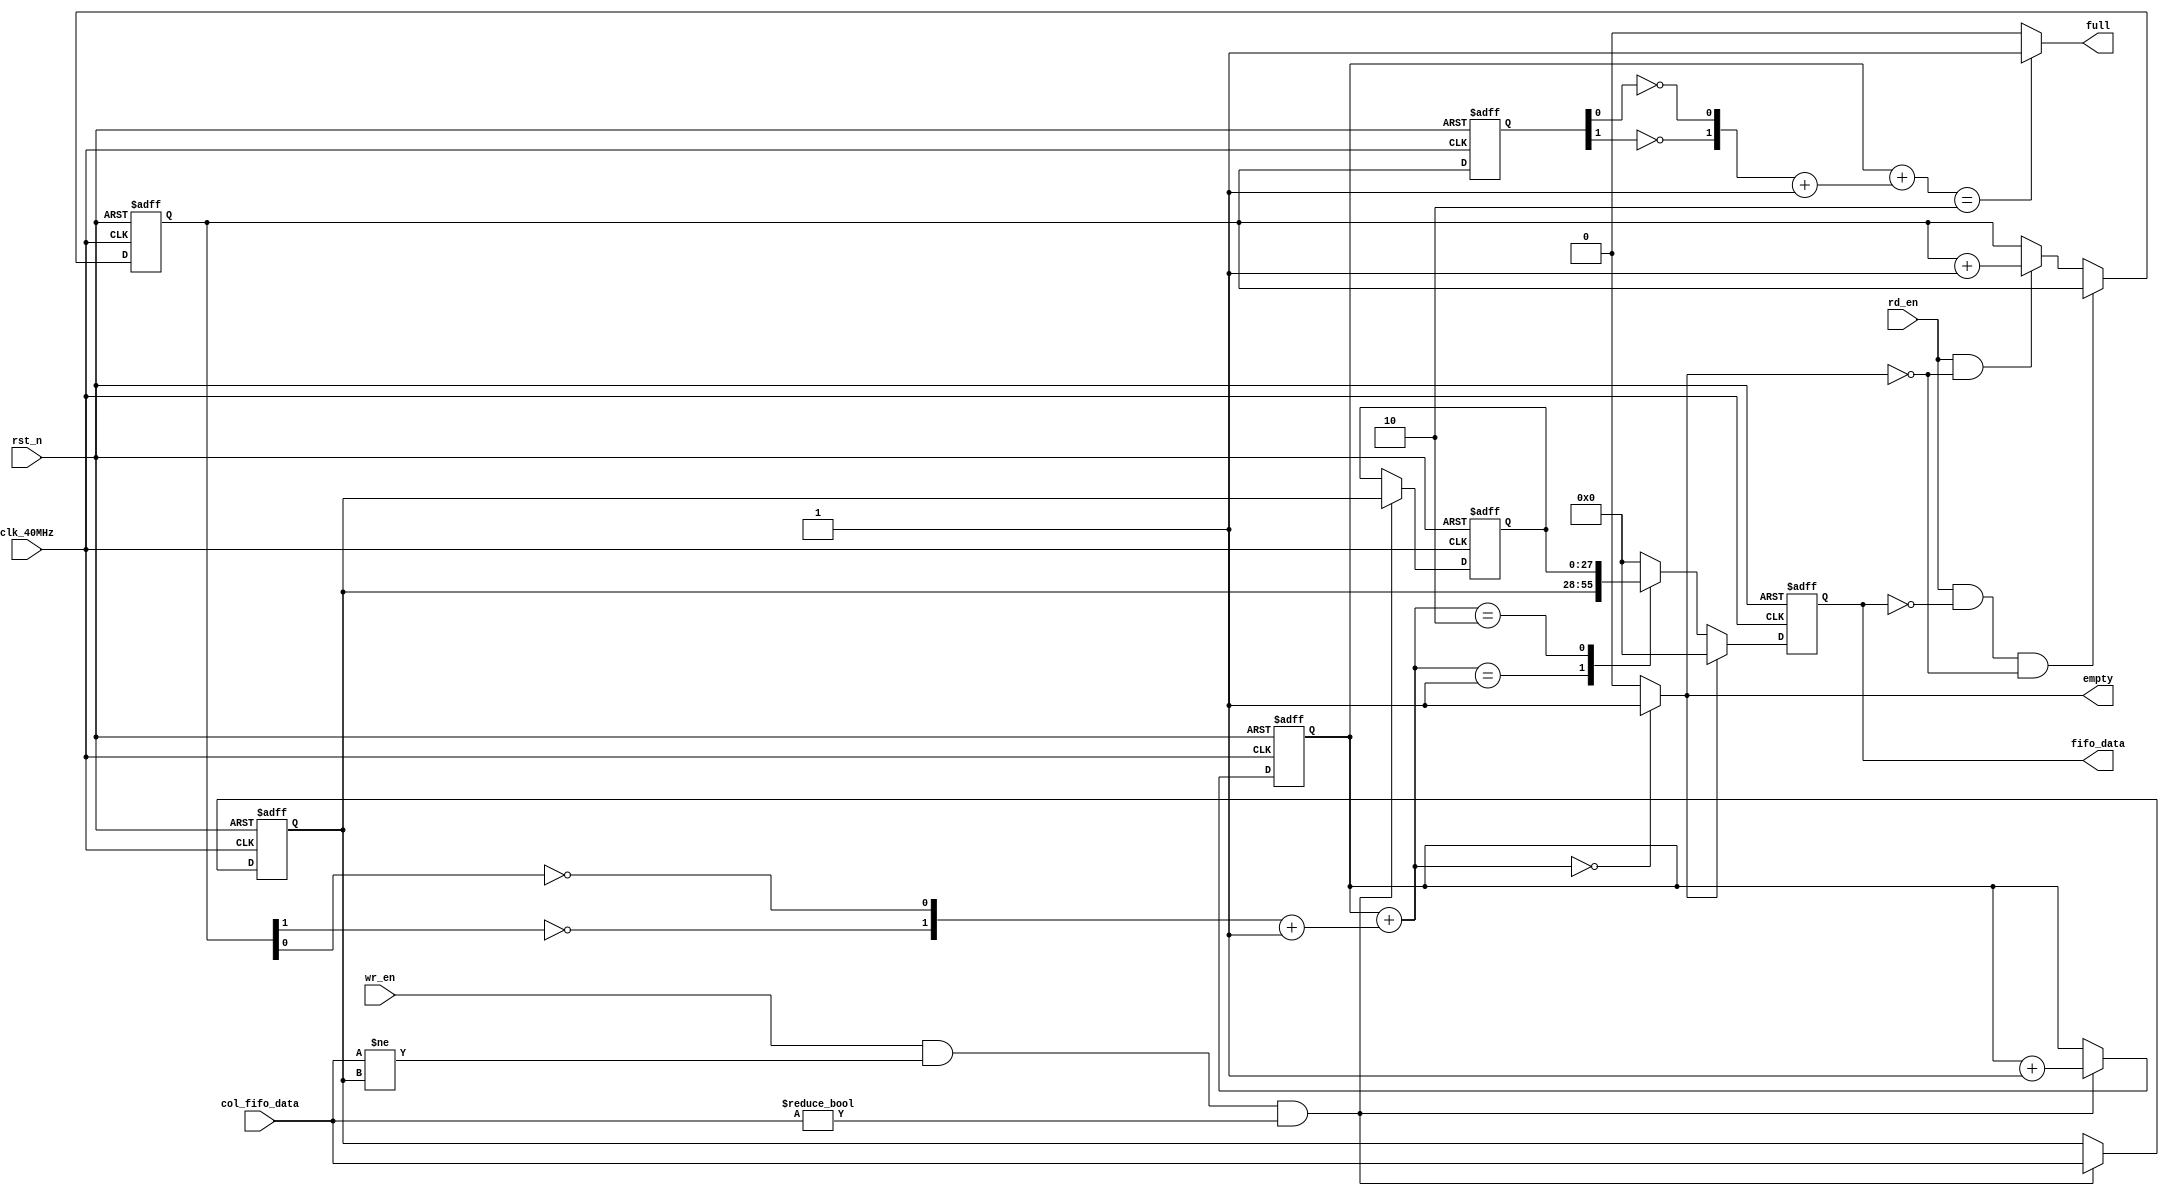
//FIFOFIFO4bit FTOA6
module fifo_deep_two( 
		clk_40MHz			, 
		rst_n				, 
		wr_en				,//
		//wr_route_en		,//
		rd_en				,//
		//route_data_in		,//
		col_fifo_data		,//fifo
		
		fifo_data			,//fifo
		full				,//fifo
		empty				//
		//wr_en_fifo		//
	);
	
	input clk_40MHz;
	input rst_n;
	input wr_en;
	//input wr_route_en;
	input rd_en;
	//input [29:0] route_data_in;
	input [27:0] col_fifo_data;
	
	output [27:0] fifo_data;
	output full;
	output empty;
	//output wr_en_fifo;
	
	reg [27:0] fifo_data;
	//reg wr_en_fifo; 
	
	reg [27:0] fifo_0;
	reg [27:0] fifo_1;

	//reg [28:0] route_fifo_0;
	//reg [28:0] route_fifo_1;
	wire full;
	reg [1:0] cnt_write;
	reg [1:0] cnt_read;
	reg [1:0] cnt_read_temp;
	wire [1:0]n_cnt_read;
	wire [1:0] full_empty_flag;
	wire [1:0] full_empty_flag_out;
	//
	assign full = (full_empty_flag_out == 2'b10) ? 1'b1 : 1'b0;
	assign empty = (full_empty_flag == 2'b00) ? 1'b1 : 1'b0;
	assign n_cnt_read = ({!cnt_read[1], !cnt_read[0]} + 1'b1);//
	assign full_empty_flag_out = cnt_write + n_cnt_read;
	assign full_empty_flag = cnt_write + ({ !cnt_read_temp[1], !cnt_read_temp[0]} + 1'b1);
	
	//fifoFIFO0
	always @(posedge clk_40MHz or negedge rst_n)
		begin
			if(!rst_n)
				begin
					cnt_write <= 2'b0;
				end
			else if(wr_en & col_fifo_data != fifo_0 & col_fifo_data != 28'd0)
				begin
					cnt_write <= cnt_write + 1'b1;
				end
			else
				begin
					cnt_write <= cnt_write;
				end
		end
	
	//
	always @(posedge clk_40MHz or negedge rst_n)
		begin
			if(!rst_n)
				begin
					fifo_0 <= 28'b0;
					fifo_1 <= 28'b0;
					
				end
			else if(wr_en & col_fifo_data != fifo_0 & col_fifo_data != 28'd0)
				begin
					fifo_0 <= col_fifo_data;
					fifo_1 <= fifo_0;
				end
			else
				begin
					fifo_0 <= fifo_0;
					fifo_1 <= fifo_1;
				end
		end

	//fifo
	always @(posedge clk_40MHz or negedge rst_n)
		begin
			if(!rst_n)
				begin
					cnt_read <= 2'd0;
				end
			else
				begin
					cnt_read <= cnt_read_temp;
				end
		end

	//0
	always @(posedge clk_40MHz or negedge rst_n)
		begin
			if(!rst_n)
				begin
					cnt_read_temp <= 2'd0;
				end
			else if(rd_en & (fifo_data == 28'd0) & !empty)
				begin
					cnt_read_temp <= cnt_read_temp;
				end
			else if(rd_en & !empty)
				begin
					cnt_read_temp <= cnt_read_temp + 1'b1;
				end
			else
				begin
					cnt_read_temp <= cnt_read_temp;
				end
		end

	//FIFO
	always @(posedge clk_40MHz or negedge rst_n)
		begin
			if(!rst_n)
				begin
					fifo_data <= 28'b0;
				end
			else if(!empty)
				begin
					case(full_empty_flag)
						//3'b000 : fifo_data = 1'b0;
						2'b01 : fifo_data <= fifo_0;
						3'b10 : fifo_data <= fifo_1;
						default : fifo_data <= 28'b0;
					endcase				
				end
			else
				begin
					fifo_data <= 28'b0;
				end
		end
		
endmodule